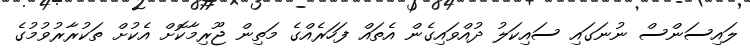
ލައިސަންސް ނުނަގައި ސައިކަލު ދުއްވައިގެން އެތައް ފަހަރެއްގެ މަތިން ޖޫރިމާކޮށް އެކުށް ތަކުރާރުވުމުގެ